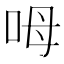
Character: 呣